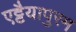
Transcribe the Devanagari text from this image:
एट्टैयापुरम